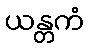
ယန္တကံ